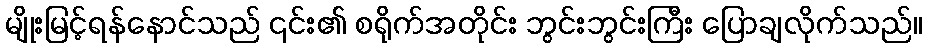
မျိုးမြင့်ရန်နောင်သည် ၎င်း၏ စရိုက်အတိုင်း ဘွင်းဘွင်းကြီး ပြောချလိုက်သည်။